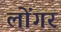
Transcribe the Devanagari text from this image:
लोंगर